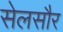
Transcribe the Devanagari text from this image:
सेलसौर